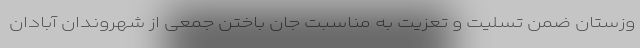
وزستان ضمن تسلیت و تعزیت به مناسبت جان باختن جمعی از شهروندان آبادان